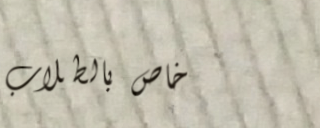
خاص بالطلاب